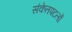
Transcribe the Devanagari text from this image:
संकेतपटलों